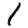
Digit: 1